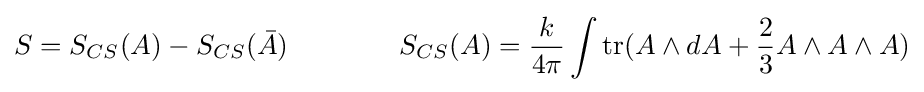
S=S_{CS}(A)-S_{CS}({\bar {A}})\qquad \qquad S_{CS}(A)={\frac {k}{4\pi }}\int \mathrm {tr} (A\wedge dA+{\frac {2}{3}}A\wedge A\wedge A)